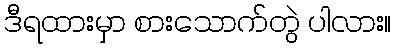
ဒီရထားမှာ စားသောက်တွဲ ပါလား။